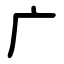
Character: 广